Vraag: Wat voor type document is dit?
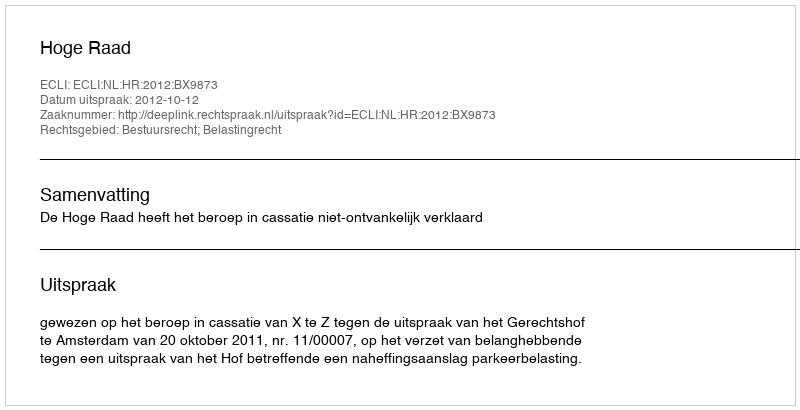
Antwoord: Uitspraak